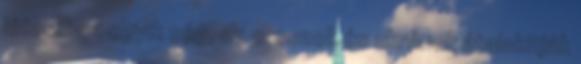
létesít az egyik cég, az oroszok és ukránok átalakítják